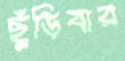
ছুঁড়িবার